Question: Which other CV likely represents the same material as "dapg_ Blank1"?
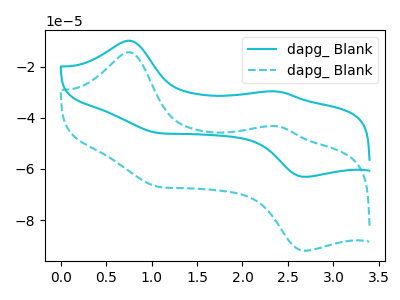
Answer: <think>The cyan curve "dapg_ Blank1" has anodic peaks at (0.75V, -9.85uA) (2.40V, -29.70uA) and cathodic peaks at (1.05V, -45.85uA) (2.70V, -63.10uA). The cyan dashed curve "dapg_ Blank2" has anodic peaks at (0.75V, -14.35uA) (2.40V, -43.25uA) and cathodic peaks at (1.05V, -66.80uA) (2.70V, -92.00uA).
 All the peaks in "dapg_ Blank1" have a peak in "dapg_ Blank2" at the same potential.</think>
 <answer>The CV with the most similar shape to "dapg_ Blank2" is "dapg_ Blank1".</answer>
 <eval>"dapg_ Blank1"</eval>